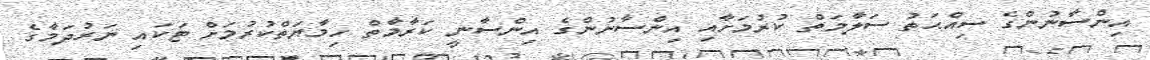
އިންސާނުންގެ ސިއްޙަތު ސަލާމަތް ކުރުމަށާއި އިންސާނުންގެ އިންސާނީ ކަރާމާތް ހިމާޔަތްކުރުމަށް ޓަކައި ނަރުދަމާގެ